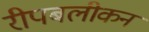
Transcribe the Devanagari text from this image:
रीपबलीकन